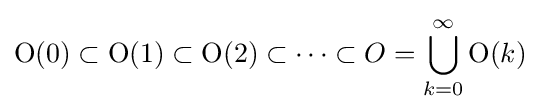
\operatorname {O} (0)\subset \operatorname {O} (1)\subset \operatorname {O} (2)\subset \cdots \subset O=\bigcup _{k=0}^{\infty }\operatorname {O} (k)